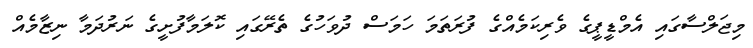
މިޖަލްސާގައި އެމްޑީޕީގެ ވެރިކަމެއްގެ ފުރަތަމަ ހަމަސް ދުވަހުގެ ތެރޭގައި ކޮލަމާފުށީގެ ނަރުދަމާ ނިޒާމެއް